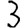
Digit: 3